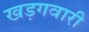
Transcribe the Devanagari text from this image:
खड़गवारी